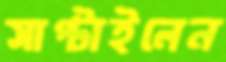
সাপ্‌টাইলেন